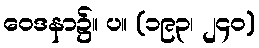
ဝေဒနာ၌။ ပ။ (၁၉၃၊ ၂၄၀)